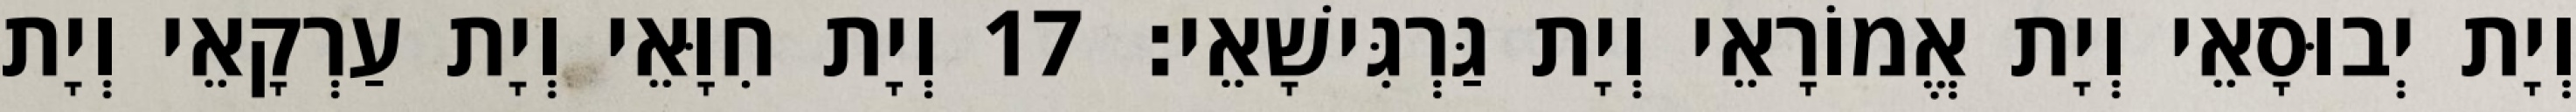
וְיָת יְבוּסָאֵי וְיָת אֱמוֹרָאֵי וְיָת גַּרְגִּישָׁאֵי׃ 17 וְיָת חִוָּאֵי וְיָת עַרְקָאֵי וְיָת